Report on sanitation, dispensaries, and jails in Rajputana for 1912, and on vaccination for the year 1912-1913 - 1912-1913
Year: 1912
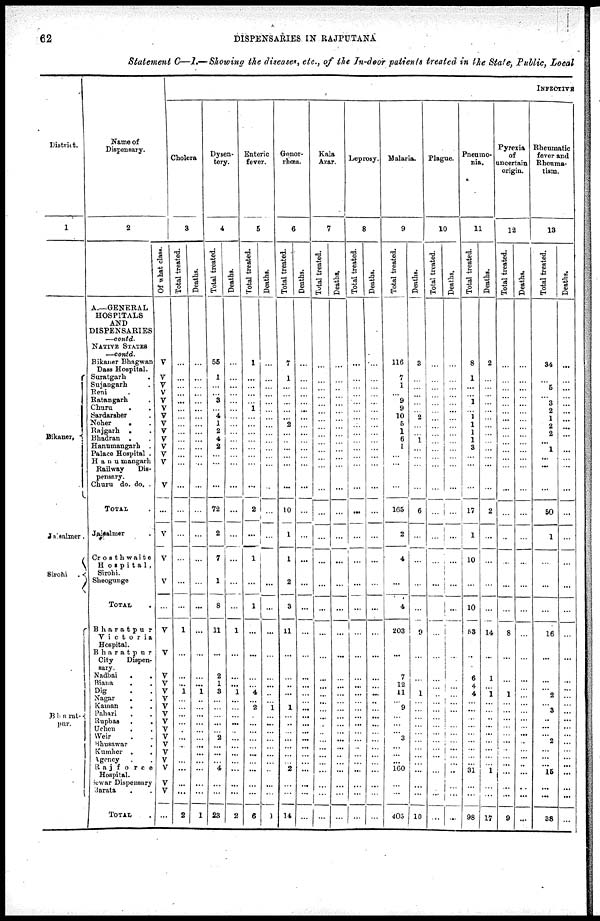
62
DISPENSARIES IN RAJPUTANA
Statement C—I.—Showing the diseases, etc., of the In-door patients treated in the State, Public, Local
District.
1
Bikaner.
Jaisalmer.
Sirohi
.
Bharat-
pur.
Name of
Dispensary.
2
A.—GENERAL
HOSPITALS
AND
DISPENSARIES
—contd.
NATIVE STATES
—contd.
Bikaner Bhagwan
Dass Hospital.
Suratgarh .
Sujangarh .
Reni . .
Ratangarh .
Churu . .
Sardarsher .
Noher . .
Rajgarh . .
Bhadran . .
Hanumangarh .
Palace Hospital .
Hanumangarh
Railway
Dis-
pensary.
Churu do. do. .
TOTAL .
Jaisalmer .
Crosthwaite
Hospita1 ,
Sirohi.
Sheogunge
TOTAL
Bharatpur
Victoria
Hospital.
Bharatpur
City
Dispen¬
sary.
Nadbai . .
Biana . .
Dig . .
Nagar . .
Kaman . .
Pahari . .
Rupbas . .
Uchen . .
Weir . .
Bhusawar .
Kumher . .
Agency . .
Rajforce
Hospital.
Sewar Dispensary
Barata . .
TOTAL .
Of what class.
V
V
V
V
V
V
V
V
V
V
V
V
V
V
...
V
V
V
...
V
V
V
V
V
V
V
V
V
V
V
V
V
V
V
V
V
...
INFECTIVE
Cholera
3
Total treated.
...
...
...
...
...
...
...
...
...
...
...
...
...
...
...
...
...
...
...
1
...
...
... 1
...
...
...
...
...
...
...
...
...
...
...
...
2
Deaths.
...
...
...
...
...
...
...
...
...
...
...
...
...
...
...
...
...
...
...
...
...
...
... 1
...
...
...
...
...
...
...
...
...
...
...
...
1
Dysen-
tery.
4
Total treated.
55
1
...
... 3
...
4
1
2
4
2
...
...
...
72
2
7
1
8
11
...
2
1
3
...
...
...
...
...
2
...
...
...
4
...
...
23
Deaths.
...
...
...
...
...
...
...
...
...
...
...
...
...
...
...
...
...
...
...
1
...
...
...
1
...
...
...
...
...
...
...
...
...
...
...
...
2
Enteric
fever.
5
Total treated.
1
...
...
...
...
1
...
...
...
...
...
...
...
...
2
...
1
...
1
...
...
...
...
4
... 2
...
...
...
...
...
...
...
...
...
...
6
Deaths.
...
...
...
...
...
...
...
...
...
...
...
...
...
...
...
...
...
...
...
...
...
...
...
...
... 1
...
...
...
...
...
...
...
...
...
...
1
Gonor-
rhœa.
6
Total treated.
7
1
...
...
...
...
...
2
...
...
...
...
...
...
10
1
1
2
3
11
...
...
...
...
... 1
...
...
...
...
...
...
...
2
...
...
14
Deaths.
...
...
...
...
...
...
...
...
...
...
...
...
...
...
...
...
...
...
...
...
...
...
...
...
...
...
...
...
...
...
...
...
...
...
...
...
...
Kala
Azar.
7
Total treated.
...
...
...
...
...
...
...
...
...
...
...
...
...
...
...
...
...
...
...
...
...
...
...
...
...
...
...
...
...
...
...
...
...
...
...
...
...
Deaths.
...
...
...
...
...
...
...
...
...
...
...
...
...
...
...
...
...
...
...
...
...
...
...
...
...
...
...
...
...
...
...
...
...
...
...
...
...
Leprosy.
8
Total treated.
...
...
...
...
...
...
...
...
...
...
...
...
...
...
...
...
...
...
...
...
...
...
...
...
...
...
...
...
...
...
...
...
...
...
...
...
...
Deaths.
...
...
...
...
...
...
...
...
...
...
...
...
...
...
...
...
...
...
...
...
...
...
...
...
...
...
...
...
...
...
...
...
...
...
...
...
...
Malaria.
9
Total treated.
116
7
1
... 9
9
10
5
1
6
1
...
...
...
165
2
4
...
4
203
...
7
12
11
... 9
...
...
...
3
...
...
...
160
...
...
405
Deaths.
3
...
...
...
...
...
2
...
...
1
...
...
...
...
6
...
...
...
...
9
...
...
...
1
...
...
...
...
...
...
...
...
...
...
...
...
10
Plague.
10
Total treated.
...
...
...
...
...
...
...
...
...
...
...
...
...
...
...
...
...
...
...
...
...
...
...
...
...
...
...
...
...
...
...
...
...
...
...
...
...
Deaths.
...
...
...
...
...
...
...
...
...
...
...
...
...
...
...
...
...
...
...
...
...
...
...
...
...
...
...
...
...
...
...
...
...
...
...
...
...
Pneumo-
nia.
11
Total treated.
8
1
...
...
1
...
1
1
1
1
3
...
...
...
17
1
10
...
10
53
...
6
4
4
...
...
...
...
...
...
...
...
...
31
...
...
98
Deaths.
2
...
...
...
...
...
...
...
...
...
...
...
...
...
2
...
...
...
...
14
...
1
...
1
...
...
...
...
...
...
...
...
...
1
...
...
17
Pyrexia
of
uncertain
origin.
12
Total treated.
...
...
...
...
...
...
...
...
...
...
...
...
...
...
...
...
...
...
...
8
...
...
...
1
...
...
...
...
...
...
...
...
...
...
...
...
9
Deaths.
...
...
...
...
...
...
...
...
...
...
...
...
...
...
...
...
..
...
...
...
...
...
...
...
...
...
...
...
...
...
...
...
...
...
...
...
...
Rheumatic
fever and
Rheuma-
tism.
13
Total treated.
34
...
5
...
3
2
1
2
2
...
1
...
...
...
50
1
...
...
...
16
...
...
...
2
...
3
...
...
...
...
...
...
...
15
...
...
38
Deaths.
...
...
...
...
...
...
...
...
...
...
...
...
...
...
...
...
...
...
...
...
...
...
...
...
...
...
...
...
...
...
...
...
...
...
...
...
...